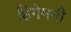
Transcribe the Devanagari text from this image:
हिगेमनी